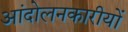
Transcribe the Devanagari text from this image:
आंदोलनकारीयों